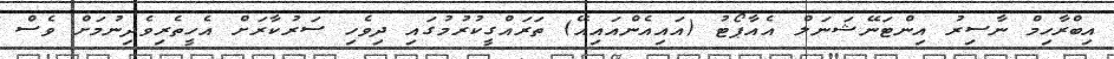
އިބްރާހިމް ނާސިރު އިންޓަނޭޝަނަލް އެއާޕޯޓު (އައިއެންއައިއޭ) ތަރައްގީކުރުމުގައި ދިވެހި ސަރުކާރަށް އެހީތެރިވެދިނުމަށް ވެސް